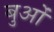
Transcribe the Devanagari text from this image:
बुओं